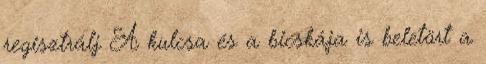
regisztrálj A kulcsa és a bicskája is beletört a